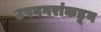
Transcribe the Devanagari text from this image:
उपनगरांकडून